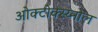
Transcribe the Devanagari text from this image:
ओक्टोक्स्य्नोल